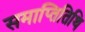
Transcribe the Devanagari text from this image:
समाप्तितिथि